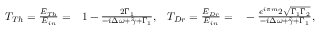
\begin{array} { r l r l } { T _ { T h } = \frac { E _ { T h } } { E _ { i n } } = } & { { } 1 - \frac { 2 \Gamma _ { 1 } } { - i \Delta \omega + \tilde { \gamma } + \Gamma _ { 1 } } , } & { T _ { D r } = \frac { E _ { D r } } { E _ { i n } } = } & { { } - \frac { e ^ { i \pi m } 2 \sqrt { \Gamma _ { 1 } \Gamma _ { 2 } } } { - i \Delta \omega + \tilde { \gamma } + \Gamma _ { 1 } } , } \end{array}